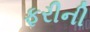
ફરીની